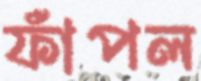
ফাঁপল